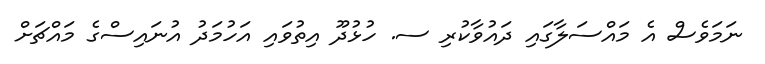
ނަމަވެސް އެ މައްސަލާގައި ދައުވާކުރި ސ. ހުޅުދޫ އިތުވައި އަހުމަދު އުނައިސްގެ މައްޗަށް